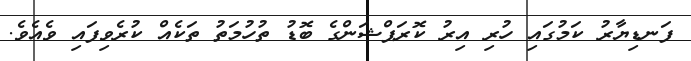
ފަނޑިޔާރު ކަމުގައި ހުރި އިރު ކޮރަޕްޝަންގެ ބޮޑު ތުހުމަތު ތަކެއް ކުރެވިފައި ވެއެވެ.